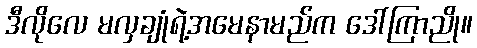
ဒီလိုလေ မလှချုံရဲ့အမေနာမည်က ဒေါ်ကြာညို။